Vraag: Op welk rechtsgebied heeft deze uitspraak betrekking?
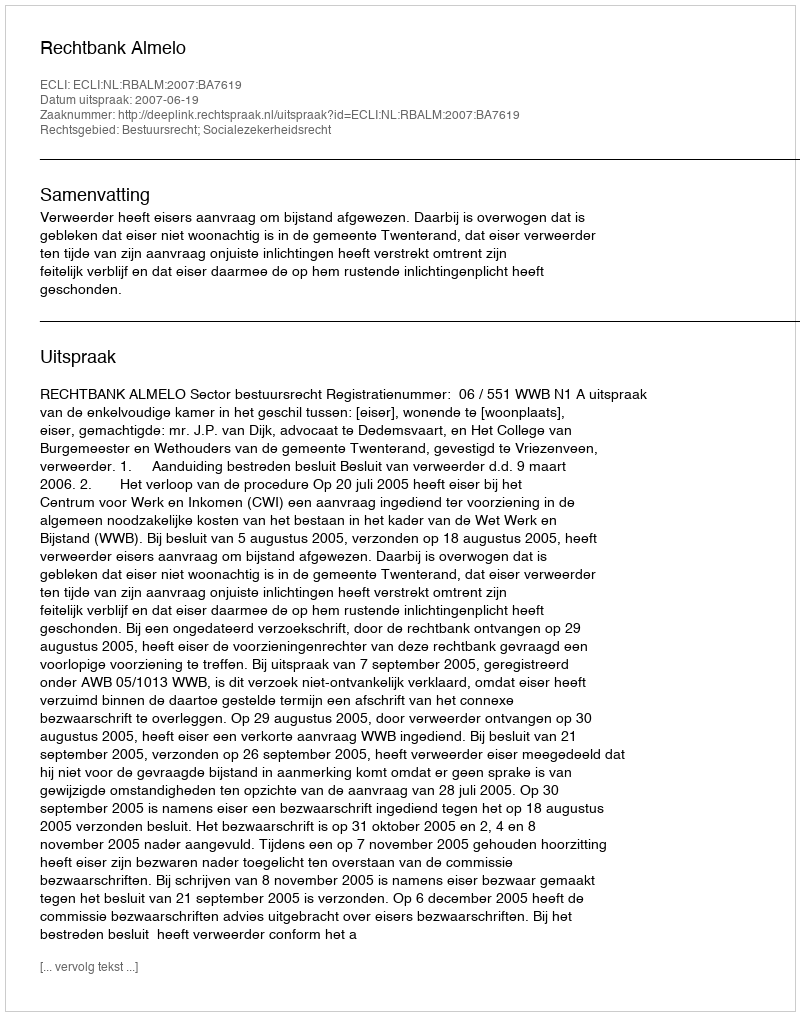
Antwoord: Bestuursrecht; Socialezekerheidsrecht